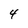
Character: 4